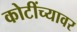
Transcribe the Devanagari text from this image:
कोटींच्यावर